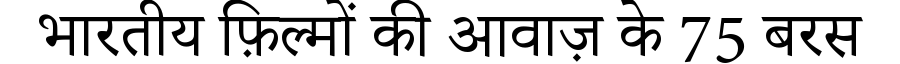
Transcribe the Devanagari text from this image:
भारतीय फ़िल्मों की आवाज़ के 75 बरस